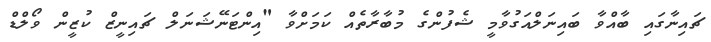
ޗައިނާގައި ބާއްވާ ބައިނަލްއަގުވާމީ ޝެފުންގެ މުބާރާތެއް ކަމަށްވާ "އިންޓަނޭޝަނަލް ޗައިނީޒް ކުޒީން ވޯލްޑް